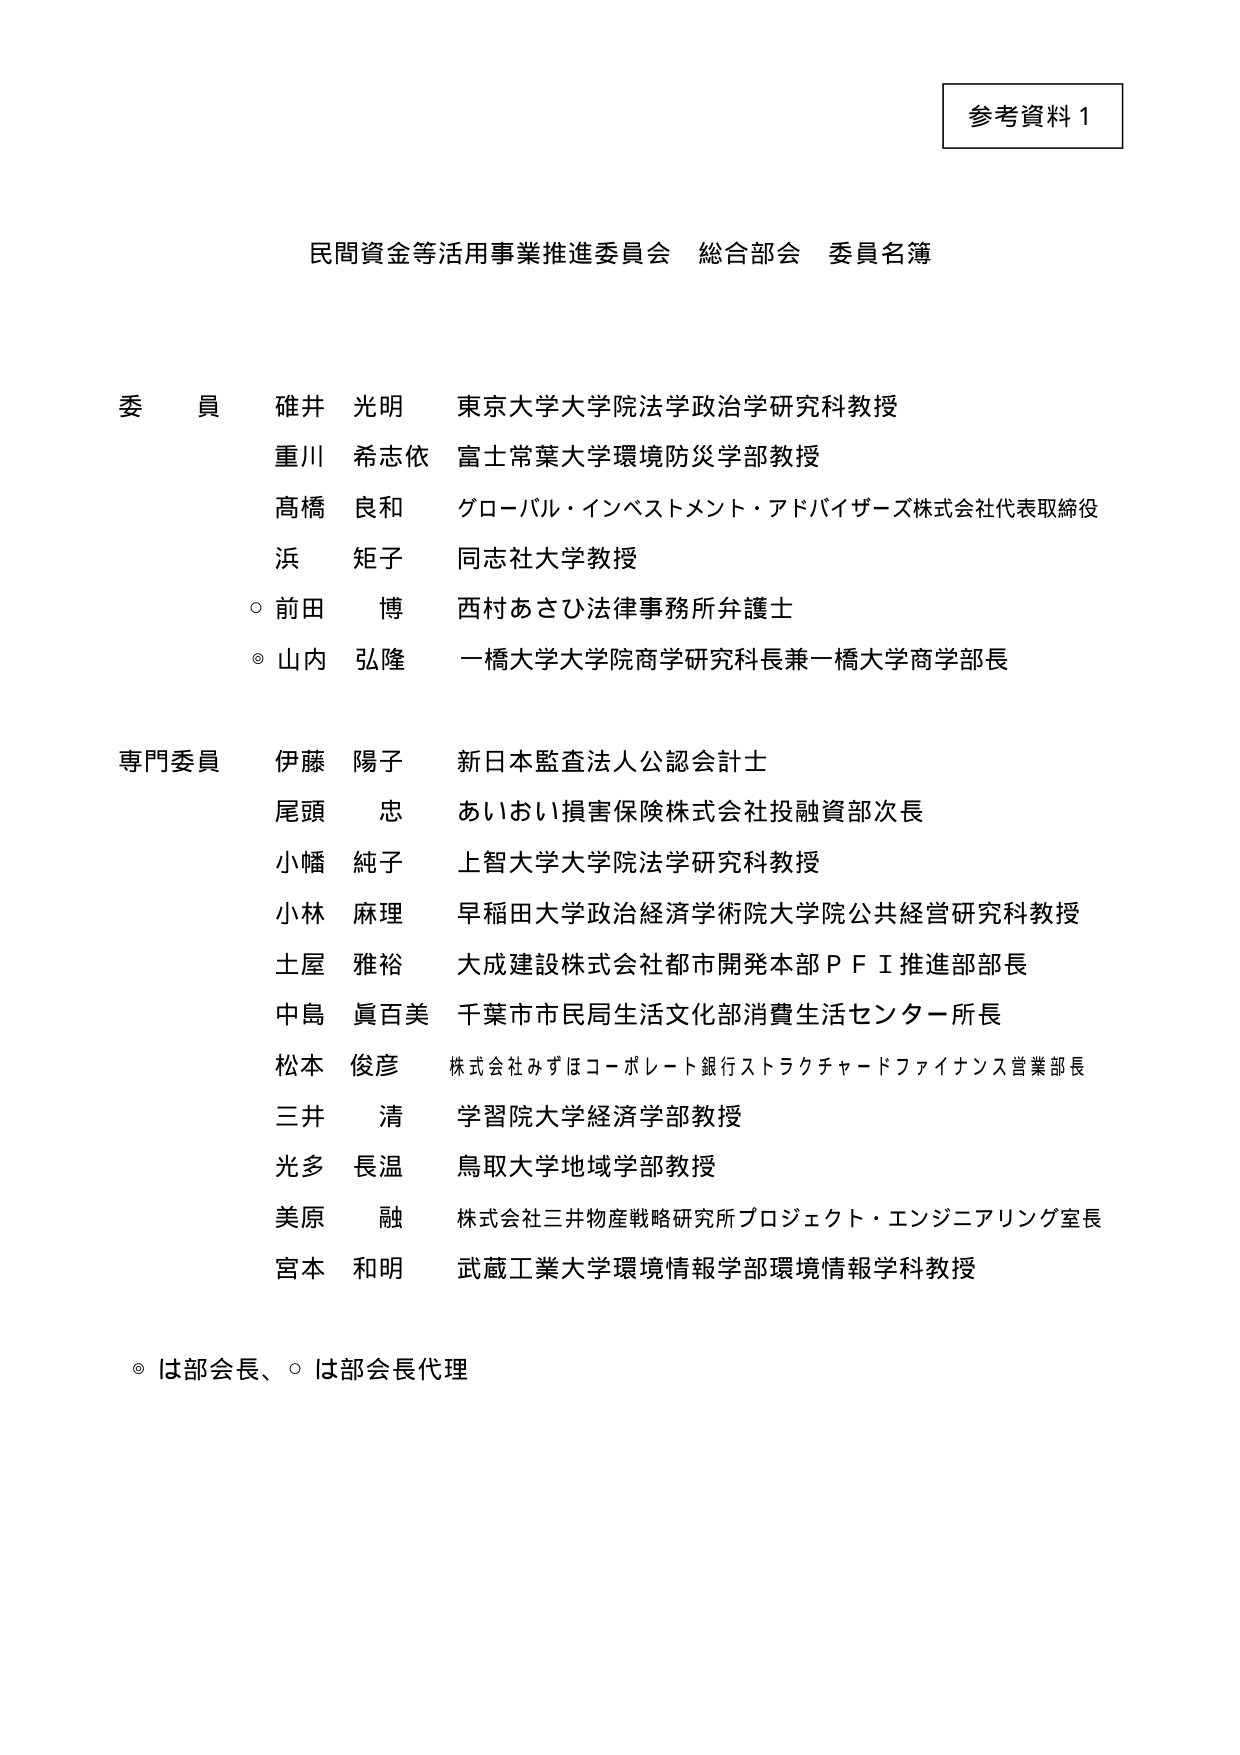
参考資料１

民間資金等活用事業推進委員会 総合部会 委員名簿

委員
碓井 光明 東京大学大学院法学政治学研究科教授
重川 希志依 富士常葉大学環境防災学部教授
髙橋 良和 グローバル・インベストメント・アドバイザーズ株式会社代表取締役
浜 矩子 同志社大学教授
○ 前田 博 西村あさひ法律事務所弁護士
◎ 山内 弘隆 一橋大学大学院商学研究科長兼一橋大学商学部長

専門委員
伊藤 陽子 新日本監査法人公認会計士
尾頭 忠 あいおい損害保険株式会社投融資部次長
小幡 純子 上智大学大学院法学研究科教授
小林 麻理 早稲田大学政治経済学術院大学院公共経営研究科教授
土屋 雅裕 大成建設株式会社都市開発本部ＰＦＩ推進部部長
中島 眞百美 千葉市市民局生活文化部消費生活センター所長
松本 俊彦 株式会社みずほコーポレート銀行ストラクチャードファイナンス営業部長
三井 清 学習院大学経済学部教授
光多 長温 鳥取大学地域学部教授
美原 融 株式会社三井物産戦略研究所プロジェクト・エンジニアリング室長
宮本 和明 武蔵工業大学環境情報学部環境情報学科教授

◎ は部会長、○ は部会長代理